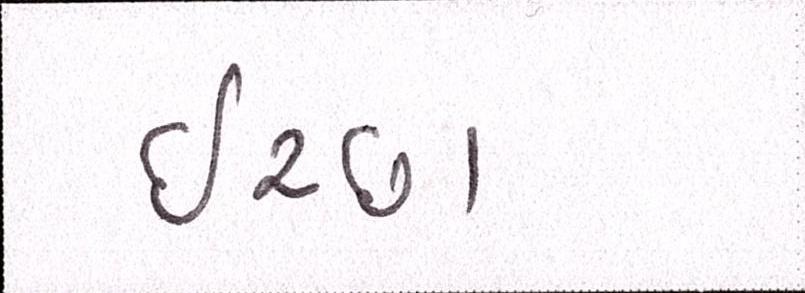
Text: ઈચ્છા